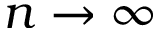
n \to \infty